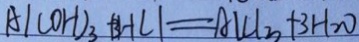
A l ( O H ) _ { 3 } + 3 H C l = A l C l _ { 3 } + 3 H _ { 2 } O